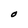
Character: O